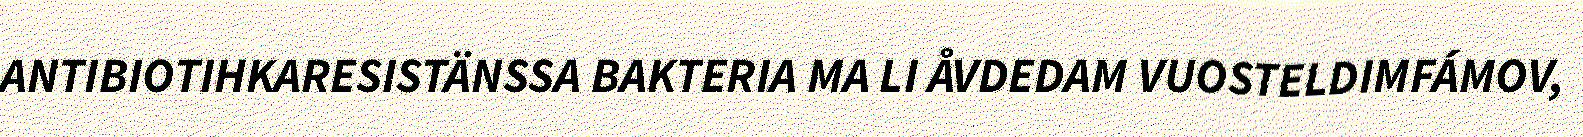
ANTIBIOTIHKARESISTÄNSSA BAKTERIA MA LI ÅVDEDAM VUOSTELDIMFÁMOV,